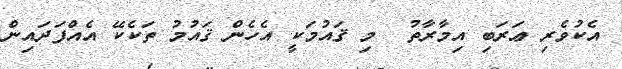
އެކުވެރި ޢަރަބި އިމާރާތު  މި ޤައުމަކީ އެހެން ޤައުމު ތަކެކޭ އެއްފަދައިން